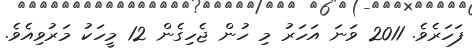
ފަހަރެވެ. 2011 ވަނަ އަހަރު މި ހުން ޖެހިގެން 12 މީހަކު މަރުވިއެވެ.